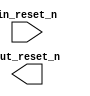
module reset (
		input  wire  in_reset_n,  //  in_reset.reset_n
		output wire  out_reset_n  // out_reset.reset_n
	);
endmodule